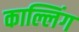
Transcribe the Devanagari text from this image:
काल्लिंग